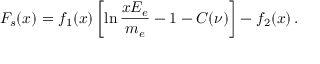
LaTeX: F _ { s } ( x ) = f _ { 1 } ( x ) \left[ \ln { \frac { x E _ { e } } { m _ { e } } } - 1 - C ( \nu ) \right] - f _ { 2 } ( x ) \, .